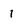
Character: 1